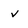
Character: v